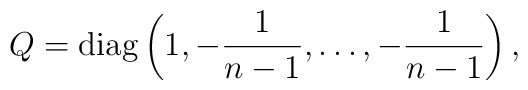
Q={\rm diag}\left(1,-{1\over n-1},\ldots,-{1\over n-1}\right),